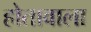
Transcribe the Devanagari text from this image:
होतावाला